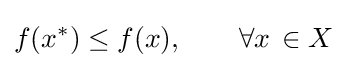
{f(x^{*})\leq f(x),\qquad \forall {x}\,\in X}